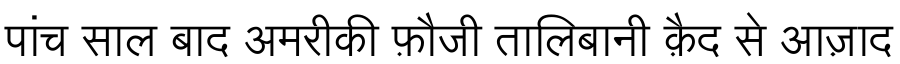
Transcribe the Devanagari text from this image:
पांच साल बाद अमरीकी फ़ौजी तालिबानी क़ैद से आज़ाद